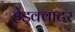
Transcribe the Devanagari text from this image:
हेड्क्वाटर